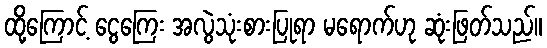
ထို့ကြောင့် ငွေကြေး အလွဲသုံးစားပြုရာ မရောက်ဟု ဆုံးဖြတ်သည်။